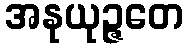
အနုယုဉ္ဇတေ